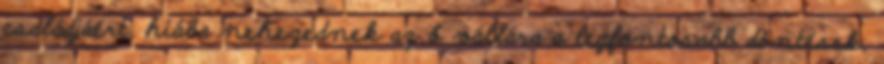
családjáért, hiába nehezednek az ő vállára a legfontosabb döntések,